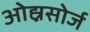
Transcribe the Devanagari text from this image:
ओह्नसोर्ज